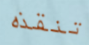
تنقذه